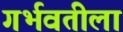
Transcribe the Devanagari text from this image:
गर्भवतीला